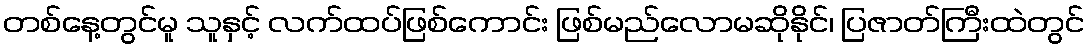
တစ်နေ့တွင်မူ သူနှင့် လက်ထပ်ဖြစ်ကောင်း ဖြစ်မည်လောမဆိုနိုင်၊ ပြဇာတ်ကြီးထဲတွင်